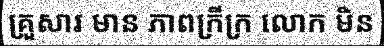
គ្រួសារ មាន ភាពក្រីក្រ លោក មិន